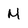
Character: M